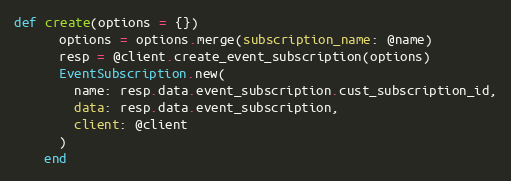
Language: Ruby
def create(options = {})
      options = options.merge(subscription_name: @name)
      resp = @client.create_event_subscription(options)
      EventSubscription.new(
        name: resp.data.event_subscription.cust_subscription_id,
        data: resp.data.event_subscription,
        client: @client
      )
    end